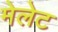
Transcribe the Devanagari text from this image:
मेलेट